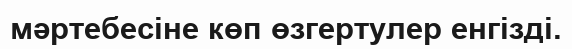
мәртебесіне көп өзгертулер енгізді.